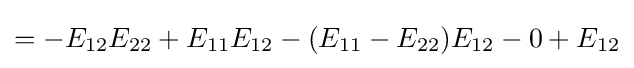
=-E_{12}E_{22}+E_{11}E_{12}-(E_{11}-E_{22})E_{12}-0+E_{12}